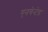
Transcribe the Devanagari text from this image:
एनचेन्टेड